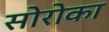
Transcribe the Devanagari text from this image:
सोरोका